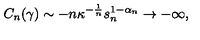
C _ { n } ( \gamma ) \sim - n \kappa ^ { - \frac { 1 } { n } } s _ { n } ^ { 1 - \alpha _ { n } } \rightarrow - \infty ,